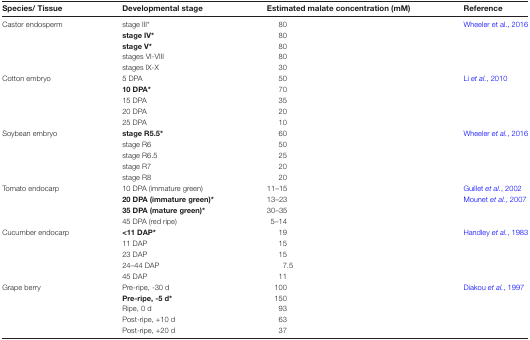
<table><thead><tr><td><b>Species/ Tissue</b></td><td><b>Developmental stage</b></td><td><b>Estimated malate concentration (mM)</b></td><td><b>Reference</b></td></tr></thead><tbody><tr><td rowspan="5">Castor endosperm</td><td>stage III*</td><td>80</td><td>Wheeler et al., 2016</td></tr><tr><td><b>stage IV*</b></td><td>80</td><td>[EMPTY_CELL]</td></tr><tr><td><b>stage V*</b></td><td>80</td><td>[EMPTY_CELL]</td></tr><tr><td>stages VI-VIII</td><td>80</td><td>[EMPTY_CELL]</td></tr><tr><td>stages IX-X</td><td>30</td><td>[EMPTY_CELL]</td></tr><tr><td rowspan="5">Cotton embryo</td><td>5 DPA</td><td>50</td><td>Li <i>et al.</i>, 2010</td></tr><tr><td><b>10 DPA*</b></td><td>70</td><td>[EMPTY_CELL]</td></tr><tr><td>15 DPA</td><td>35</td><td>[EMPTY_CELL]</td></tr><tr><td>20 DPA</td><td>20</td><td>[EMPTY_CELL]</td></tr><tr><td>25 DPA</td><td>10</td><td>[EMPTY_CELL]</td></tr><tr><td rowspan="5">Soybean embryo</td><td><b>stage R5.5*</b></td><td>60</td><td>Wheeler <i>et al.</i>, 2016</td></tr><tr><td>stage R6</td><td>50</td><td>[EMPTY_CELL]</td></tr><tr><td>stage R6.5</td><td>25</td><td>[EMPTY_CELL]</td></tr><tr><td>stage R7</td><td>20</td><td>[EMPTY_CELL]</td></tr><tr><td>stage R8</td><td>20</td><td>[EMPTY_CELL]</td></tr><tr><td rowspan="4">Tomato endocarp</td><td>10 DPA (immature green)</td><td>11–15</td><td>Guillet <i>et al.</i>, 2002</td></tr><tr><td><b>20 DPA (immature green)*</b></td><td>13–23</td><td>Mounet <i>et al.</i>, 2007</td></tr><tr><td><b>35 DPA (mature green)*</b></td><td>30–35</td><td>[EMPTY_CELL]</td></tr><tr><td>45 DPA (red ripe)</td><td>5–14</td><td>[EMPTY_CELL]</td></tr><tr><td rowspan="5">Cucumber endocarp</td><td><b>&lt;11 DAP*</b></td><td>19</td><td>Handley <i>et al.</i>, 1983</td></tr><tr><td>11 DAP</td><td>15</td><td>[EMPTY_CELL]</td></tr><tr><td>23 DAP</td><td>15</td><td>[EMPTY_CELL]</td></tr><tr><td>24–44 DAP</td><td>7.5</td><td>[EMPTY_CELL]</td></tr><tr><td>45 DAP</td><td>11</td><td>[EMPTY_CELL]</td></tr><tr><td rowspan="5">Grape berry</td><td>Pre-ripe, -30 d</td><td>100</td><td>Diakou <i>et al.</i>, 1997</td></tr><tr><td><b>Pre-ripe, -5 d*</b></td><td>150</td><td>[EMPTY_CELL]</td></tr><tr><td>Ripe, 0 d</td><td>93</td><td>[EMPTY_CELL]</td></tr><tr><td>Post-ripe, +10 d</td><td>63</td><td>[EMPTY_CELL]</td></tr><tr><td>Post-ripe, +20 d</td><td>37</td><td>[EMPTY_CELL]</td></tr></tbody></table>